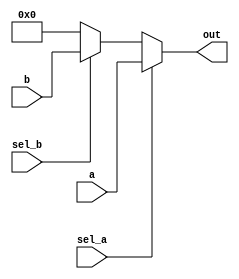
module mux2to1 #(parameter WORD_LEN=32) (
    a, 
    b, 
    sel_a, 
    sel_b, 
    out
    );
    input [WORD_LEN - 1:0] a, b;
    input sel_a, sel_b;
    output reg [WORD_LEN - 1:0] out;

    always @(a or b or sel_a or sel_b)
    begin
        out = 0;
        if (sel_a)
            out = a;
        else if (sel_b)
            out = b; 
    end
endmodule